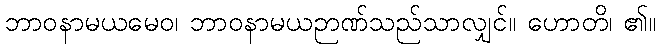
ဘာဝနာမယမေဝ၊ ဘာဝနာမယဉာဏ်သည်သာလျှင်။ ဟောတိ၊ ၏။